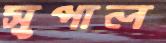
সুপাল